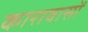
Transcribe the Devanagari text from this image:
कारावासों